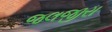
જલજીરા